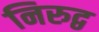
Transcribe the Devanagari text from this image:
निरुद्व